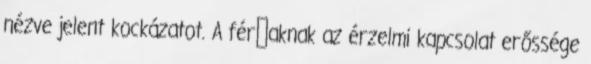
nézve jelent kockázatot. A férﬁaknak az érzelmi kapcsolat erőssége